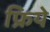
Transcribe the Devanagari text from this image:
फ्रिये